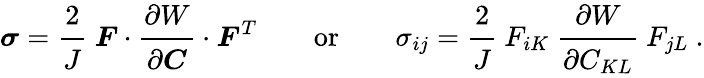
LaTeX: {\boldsymbol{\sigma}}={\cfrac{2}{J}}~{\boldsymbol{F}}\cdot{\cfrac{\partial W}{\partial{\boldsymbol{C}}}}\cdot{\boldsymbol{F}}^{T}\qquad{\mathrm{or}}\qquad\sigma_{ij}={\cfrac{2}{J}}~F_{iK}~{\cfrac{\partial W}{\partial C_{KL}}}~F_{jL}~.